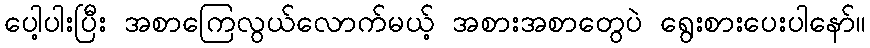
ပေါ့ပါးပြီး အစာကြေလွယ်လောက်မယ့် အစားအစာတွေပဲ ရွေးစားပေးပါနော်။